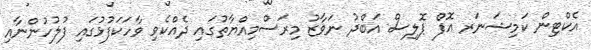
އެކްޓިން ކަމިޝަނަރ އޮފް ޕޮލިސް އަބްދު ނަވާޒު މިރަސްމިއްޔާތުގައި ދެއްކެވި ވާހަކަފުޅުގައި ފުލުހުންނާއި